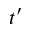
t ^ { \prime }